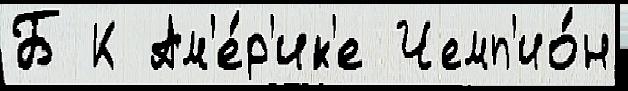
Б К Ам'е́р'ик'е Чемп'ио́н